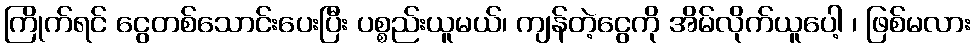
ကြိုက်ရင် ငွေတစ်သောင်းပေးပြီး ပစ္စည်းယူမယ်၊ ကျန်တဲ့ငွေကို အိမ်လိုက်ယူပေါ့ ၊ ဖြစ်မလား